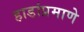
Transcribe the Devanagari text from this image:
हाडांप्रमाणे